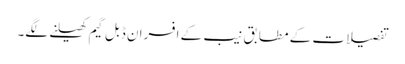
تفصیلات کے مطابق نیب کے افسران ڈبل گیم کھیلنے لگے۔